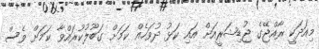
މިއަދަކީ ރާއްޖޭގެ ޖުޑިޝަރީއަށް އައި ކަޅު ދުވަހެއް ކަމަށް ގަބޫލުކުރައްވާ ކަމަށް ވެސް